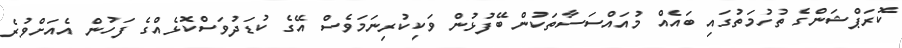
ކޮރަޕްޝަންގެ ތުހުމަތުގައި ބައެއް މުއައްސަސާތަކުން ބޭފުޅުން ވަކިކުރިނަމަވެސް އޭގެ ކުޑަދުވަސްކޮޅެއްގެ ފަހުން އެއަށްވުރެ